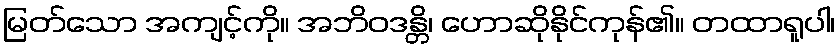
မြတ်သော အကျင့်ကို။ အဘိဝဒန္တိ၊ ဟောဆိုနိုင်ကုန်၏။ တထာရူပါ၊